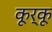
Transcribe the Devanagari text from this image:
कूर्कू